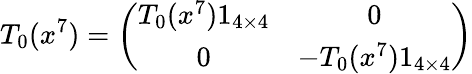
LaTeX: T_{0}(x^{7})=\left(\begin{array}{cc}{{T_{0}(x^{7})1_{4\times 4}}}&{{0}}\\ {{0}}&{{-T_{0}(x^{7})1_{4\times 4}}}\end{array}\right)